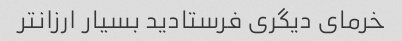
خرمای دیگری فرستادید بسیار ارزانتر